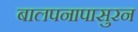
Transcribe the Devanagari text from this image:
बालपनापासुरन